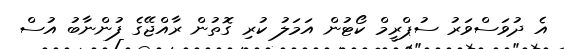
އެ ދުވަސްވަރު ސުޕްރީމް ކޯޓުން އަމަލު ކުރި ގޮތުން ރާއްޖޭގެ ފުންނާބު އުސް